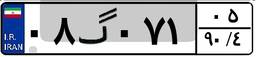
۰۸گ۰۷۱۰۵